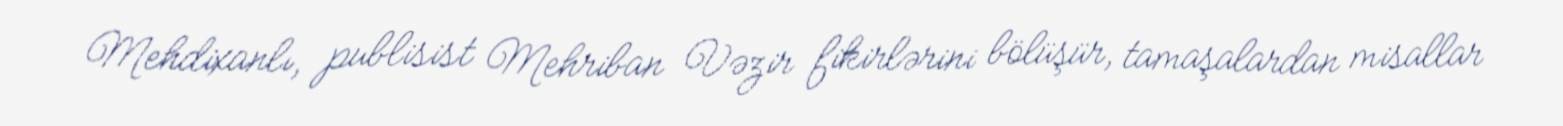
Mehdixanlı, publisist Mehriban Vəzir fikirlərini bölüşür, tamaşalardan misallar